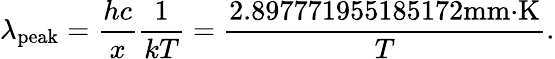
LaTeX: \lambda_{\mathrm{peak}}={\frac{hc}{x}}{\frac{1}{kT}}={\frac{2.897771955185172{\mathrm{mm}}{\cdot}{\mathrm{K}}}{T}}.